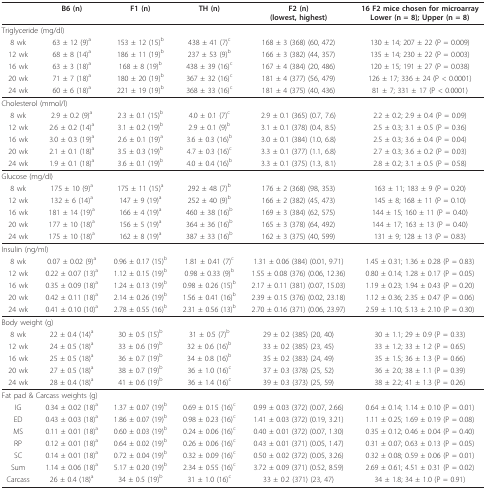
<table><thead><tr><td></td><td><b>B6 (n)</b></td><td><b>F1 (n)</b></td><td><b>TH (n)</b></td><td><b>F2 (n)(lowest, highest)</b></td><td><b>16 F2 mice chosen for microarrayLower (n = 8); Upper (n = 8)</b></td></tr></thead><tbody><tr><td colspan="6">Triglyceride (mg/dl)</td></tr><tr><td>8 wk</td><td>63 ± 12 (9)<sup>a</sup></td><td>153 ± 12 (15)<sup>b</sup></td><td>438 ± 41 (7)<sup>c</sup></td><td>168 ± 3 (368) (60, 472)</td><td>130 ± 14; 207 ± 22 (P = 0.009)</td></tr><tr><td>12 wk</td><td>68 ± 8 (14)<sup>a</sup></td><td>186 ± 11 (19)<sup>b</sup></td><td>237 ± 53 (9)<sup>b</sup></td><td>166 ± 3 (382) (44, 357)</td><td>135 ± 14; 230 ± 22 (P = 0.003)</td></tr><tr><td>16 wk</td><td>63 ± 3 (18)<sup>a</sup></td><td>168 ± 8 (19)<sup>b</sup></td><td>438 ± 39 (16)<sup>c</sup></td><td>167 ± 4 (384) (20, 486)</td><td>120 ± 15; 191 ± 27 (P = 0.038)</td></tr><tr><td>20 wk</td><td>71 ± 7 (18)<sup>a</sup></td><td>180 ± 20 (19)<sup>b</sup></td><td>367 ± 32 (16)<sup>c</sup></td><td>181 ± 4 (377) (56, 479)</td><td>126 ± 17; 336 ± 24 (P &lt; 0.0001)</td></tr><tr><td>24 wk</td><td>60 ± 6 (18)<sup>a</sup></td><td>221 ± 19 (19)<sup>b</sup></td><td>368 ± 33 (16)<sup>c</sup></td><td>181 ± 4 (375) (40, 436)</td><td>81 ± 7; 331 ± 17 (P &lt; 0.0001)</td></tr><tr><td colspan="6">Cholesterol (mmol/l)</td></tr><tr><td>8 wk</td><td>2.9 ± 0.2 (9)<sup>a</sup></td><td>2.3 ± 0.1 (15)<sup>b</sup></td><td>4.0 ± 0.1 (7)<sup>c</sup></td><td>2.9 ± 0.1 (365) (0.7, 7.6)</td><td>2.2 ± 0.2; 2.9 ± 0.4 (P = 0.09)</td></tr><tr><td>12 wk</td><td>2.6 ± 0.2 (14)<sup>a</sup></td><td>3.1 ± 0.2 (19)<sup>b</sup></td><td>2.9 ± 0.1 (9)<sup>b</sup></td><td>3.1 ± 0.1 (378) (0.4, 8.5)</td><td>2.5 ± 0.3; 3.1 ± 0.5 (P = 0.36)</td></tr><tr><td>16 wk</td><td>3.0 ± 0.3 (19)<sup>a</sup></td><td>2.6 ± 0.1 (19)<sup>a</sup></td><td>3.6 ± 0.3 (16)<sup>b</sup></td><td>3.0 ± 0.1 (384) (1.0, 6.8)</td><td>2.5 ± 0.3; 3.6 ± 0.4 (P = 0.04)</td></tr><tr><td>20 wk</td><td>2.1 ± 0.1 (18)<sup>a</sup></td><td>3.5 ± 0.3 (19)<sup>b</sup></td><td>4.7 ± 0.3 (16)<sup>c</sup></td><td>3.3 ± 0.1 (377) (1.1, 6.8)</td><td>2.7 ± 0.3; 3.6 ± 0.2 (P = 0.03)</td></tr><tr><td>24 wk</td><td>1.9 ± 0.1 (18)<sup>a</sup></td><td>3.6 ± 0.1 (19)<sup>b</sup></td><td>4.0 ± 0.4 (16)<sup>b</sup></td><td>3.3 ± 0.1 (375) (1.3, 8.1)</td><td>2.8 ± 0.2; 3.1 ± 0.5 (P = 0.58)</td></tr><tr><td colspan="6">Glucose (mg/dl)</td></tr><tr><td>8 wk</td><td>175 ± 10 (9)<sup>a</sup></td><td>175 ± 11 (15)<sup>a</sup></td><td>292 ± 48 (7)<sup>b</sup></td><td>176 ± 2 (368) (98, 353)</td><td>163 ± 11; 183 ± 9 (P = 0.20)</td></tr><tr><td>12 wk</td><td>132 ± 6 (14)<sup>a</sup></td><td>147 ± 9 (19)<sup>a</sup></td><td>252 ± 40 (9)<sup>b</sup></td><td>166 ± 2 (382) (45, 473)</td><td>145 ± 8; 168 ± 11 (P = 0.10)</td></tr><tr><td>16 wk</td><td>181 ± 14 (19)<sup>a</sup></td><td>166 ± 4 (19)<sup>a</sup></td><td>460 ± 38 (16)<sup>b</sup></td><td>169 ± 3 (384) (62, 575)</td><td>144 ± 15; 160 ± 11 (P = 0.40)</td></tr><tr><td>20 wk</td><td>177 ± 10 (18)<sup>a</sup></td><td>156 ± 5 (19)<sup>a</sup></td><td>364 ± 36 (16)<sup>b</sup></td><td>165 ± 3 (378) (64, 492)</td><td>144 ± 17; 163 ± 13 (P = 0.40)</td></tr><tr><td>24 wk</td><td>175 ± 10 (18)<sup>a</sup></td><td>162 ± 8 (19)<sup>a</sup></td><td>387 ± 33 (16)<sup>b</sup></td><td>162 ± 3 (375) (40, 599)</td><td>131 ± 9; 128 ± 13 (P = 0.83)</td></tr><tr><td colspan="6">Insulin (ng/ml)</td></tr><tr><td>8 wk</td><td>0.07 ± 0.02 (9)<sup>a</sup></td><td>0.96 ± 0.17 (15)<sup>b</sup></td><td>1.81 ± 0.41 (7)<sup>c</sup></td><td>1.31 ± 0.06 (384) (0.01, 9.71)</td><td>1.45 ± 0.31; 1.36 ± 0.28 (P = 0.83)</td></tr><tr><td>12 wk</td><td>0.22 ± 0.07 (13)<sup>a</sup></td><td>1.12 ± 0.15 (19)<sup>b</sup></td><td>0.98 ± 0.33 (9)<sup>b</sup></td><td>1.55 ± 0.08 (376) (0.06, 12.36)</td><td>0.80 ± 0.14; 1.28 ± 0.17 (P = 0.05)</td></tr><tr><td>16 wk</td><td>0.35 ± 0.09 (18)<sup>a</sup></td><td>1.24 ± 0.13 (19)<sup>b</sup></td><td>0.98 ± 0.26 (15)<sup>b</sup></td><td>2.17 ± 0.11 (381) (0.07, 15.03)</td><td>1.19 ± 0.23; 1.94 ± 0.43 (P = 0.20)</td></tr><tr><td>20 wk</td><td>0.42 ± 0.11 (18)<sup>a</sup></td><td>2.14 ± 0.26 (19)<sup>b</sup></td><td>1.56 ± 0.41 (16)<sup>b</sup></td><td>2.39 ± 0.15 (376) (0.02, 23.18)</td><td>1.12 ± 0.36; 2.35 ± 0.47 (P = 0.06)</td></tr><tr><td>24 wk</td><td>0.41 ± 0.10 (10)<sup>a</sup></td><td>2.78 ± 0.55 (16)<sup>b</sup></td><td>2.31 ± 0.56 (13)<sup>b</sup></td><td>2.70 ± 0.16 (371) (0.06, 23.97)</td><td>2.59 ± 1.10; 5.13 ± 2.10 (P = 0.30)</td></tr><tr><td colspan="6">Body weight (g)</td></tr><tr><td>8 wk</td><td>22 ± 0.4 (14)<sup>a</sup></td><td>30 ± 0.5 (15)<sup>b</sup></td><td>31 ± 0.5 (7)<sup>b</sup></td><td>29 ± 0.2 (385) (20, 40)</td><td>30 ± 1.1; 29 ± 0.9 (P = 0.33)</td></tr><tr><td>12 wk</td><td>24 ± 0.5 (18)<sup>a</sup></td><td>33 ± 0.6 (19)<sup>b</sup></td><td>32 ± 0.6 (16)<sup>b</sup></td><td>33 ± 0.2 (385) (23, 45)</td><td>33 ± 1.2; 33 ± 1.2 (P = 0.65)</td></tr><tr><td>16 wk</td><td>25 ± 0.5 (18)<sup>a</sup></td><td>36 ± 0.7 (19)<sup>b</sup></td><td>34 ± 0.8 (16)<sup>b</sup></td><td>35 ± 0.2 (383) (24, 49)</td><td>35 ± 1.5; 36 ± 1.3 (P = 0.66)</td></tr><tr><td>20 wk</td><td>27 ± 0.5 (18)<sup>a</sup></td><td>38 ± 0.7 (19)<sup>b</sup></td><td>36 ± 1.0 (16)<sup>c</sup></td><td>37 ± 0.3 (378) (25, 52)</td><td>36 ± 2.0; 38 ± 1.1 (P = 0.39)</td></tr><tr><td>24 wk</td><td>28 ± 0.4 (18)<sup>a</sup></td><td>41 ± 0.6 (19)<sup>b</sup></td><td>36 ± 1.4 (16)<sup>c</sup></td><td>39 ± 0.3 (373) (25, 59)</td><td>38 ± 2.2; 41 ± 1.3 (P = 0.26)</td></tr><tr><td colspan="6">Fat pad &amp; Carcass weights (g)</td></tr><tr><td>IG</td><td>0.34 ± 0.02 (18)<sup>a</sup></td><td>1.37 ± 0.07 (19)<sup>b</sup></td><td>0.69 ± 0.15 (16)<sup>c</sup></td><td>0.99 ± 0.03 (372) (0.07, 2.66)</td><td>0.64 ± 0.14; 1.14 ± 0.10 (P = 0.01)</td></tr><tr><td>ED</td><td>0.43 ± 0.03 (18)<sup>a</sup></td><td>1.86 ± 0.07 (19)<sup>b</sup></td><td>0.98 ± 0.23 (16)<sup>c</sup></td><td>1.41 ± 0.03 (372) (0.19, 3.21)</td><td>1.11 ± 0.25; 1.69 ± 0.19 (P = 0.08)</td></tr><tr><td>MS</td><td>0.11 ± 0.01 (18)<sup>a</sup></td><td>0.60 ± 0.03 (19)<sup>b</sup></td><td>0.24 ± 0.06 (16)<sup>c</sup></td><td>0.40 ± 0.01 (372) (0.07, 1.30)</td><td>0.35 ± 0.12; 0.46 ± 0.04 (P = 0.40)</td></tr><tr><td>RP</td><td>0.12 ± 0.01 (18)<sup>a</sup></td><td>0.64 ± 0.02 (19)<sup>b</sup></td><td>0.26 ± 0.06 (16)<sup>c</sup></td><td>0.43 ± 0.01 (371) (0.05, 1.47)</td><td>0.31 ± 0.07; 0.63 ± 0.13 (P = 0.05)</td></tr><tr><td>SC</td><td>0.14 ± 0.01 (18)<sup>a</sup></td><td>0.72 ± 0.04 (19)<sup>b</sup></td><td>0.32 ± 0.09 (16)<sup>c</sup></td><td>0.50 ± 0.02 (372) (0.05, 3.26)</td><td>0.32 ± 0.08; 0.59 ± 0.06 (P = 0.01)</td></tr><tr><td>Sum</td><td>1.14 ± 0.06 (18)<sup>a</sup></td><td>5.17 ± 0.20 (19)<sup>b</sup></td><td>2.34 ± 0.55 (16)<sup>c</sup></td><td>3.72 ± 0.09 (371) (0.52, 8.59)</td><td>2.69 ± 0.61; 4.51 ± 0.31 (P = 0.02)</td></tr><tr><td>Carcass</td><td>26 ± 0.4 (18)<sup>a</sup></td><td>34 ± 0.5 (19)<sup>b</sup></td><td>31 ± 1.0 (16)<sup>c</sup></td><td>33 ± 0.2 (371) (23, 47)</td><td>34 ± 1.8; 34 ± 1.0 (P = 0.91)</td></tr></tbody></table>